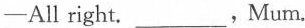
—All right. ___, Mum.